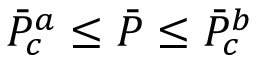
\Bar { P } _ { c } ^ { a } \le \Bar { P } \le \Bar { P } _ { c } ^ { b }